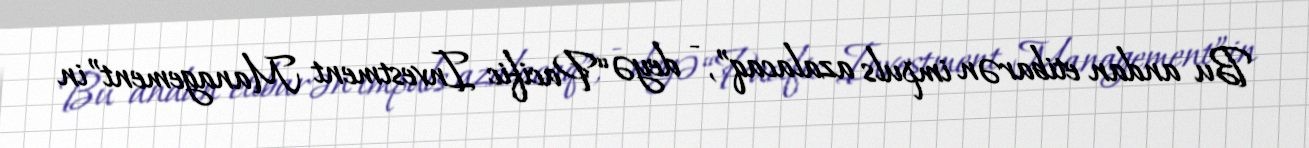
Bu andan etibarən impuls azalacaq”, - deyə “Pacific Investment Management”in